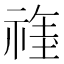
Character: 𱵞